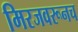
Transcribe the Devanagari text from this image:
मिरजवरूनच